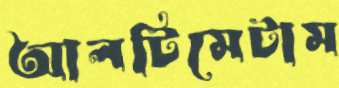
আলটিমেটাম